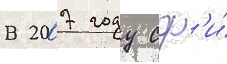
В 2007 году сф'и́